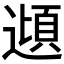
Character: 𮟂